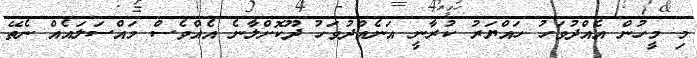
މި މީހުން އެއްދުވަހު ހައްޔަރު ކުރާނީ އަނެއްދުވަހު ދޫކޮށްލާނެ އެއްވެސް މައްސަލައެއް ނެތޭ